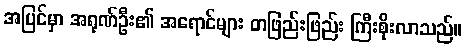
အပြင်မှာ အရုဏ်ဦး၏ အရောင်များ တဖြည်းဖြည်း ကြီးစိုးလာသည်။